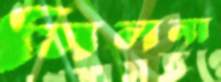
মিলনা